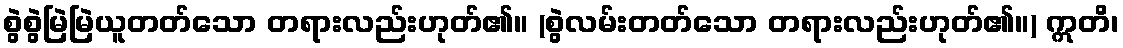
စွဲစွဲမြဲမြဲယူတတ်သော တရားလည်းဟုတ်၏။ (စွဲလမ်းတတ်သော တရားလည်းဟုတ်၏။) ဣတိ၊